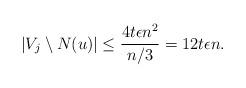
LaTeX: \begin{align*}|V_j\setminus N(u)|\le \frac{4t\epsilon n^2}{n/3} = 12t\epsilon n. \end{align*}